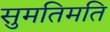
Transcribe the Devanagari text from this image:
सुमतिमति